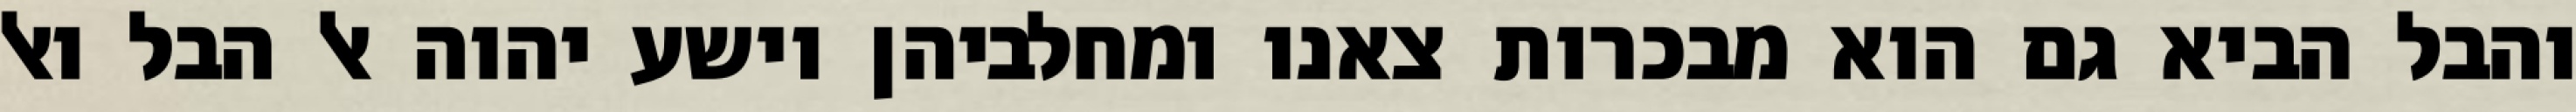
והבל הביא גם הוא מבכרות צאנו ומחלביהן וישע יהוה אל הבל ואל